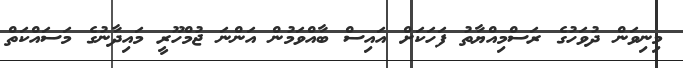
މިނިވަން ދުވަހުގެ ރަސްމިއްޔާތު ފަހަކަށް އައިސް ބާއްވަމުން އަންނަ ޖުމްހޫރީ މައިދާނުގެ މަސައްކަތް